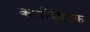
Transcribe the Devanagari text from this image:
कार्यविषयक